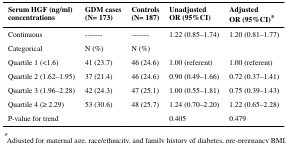
| Serum HGF (ng/ml)concentrations | GDM cases(N= 173) | Controls(N= 187) | UnadjustedOR (95%CI) | AdjustedOR (95%CI)* |
 | --- | --- | --- | --- | --- |
 | Continuous | ------- | ------- | 1.22 (0.85–1.74) | 1.20 (0.81–1.77) |
 | Categorical | N (%) | N (%) |  |  |
 | Quartile 1 (<1.6) | 41 (23.7) | 46 (24.6) | 1.00 (referent) | 1.00 (referent) |
 | Quartile 2 (1.62–1.95) | 37 (21.4) | 46 (24.6) | 0.90 (0.49–1.66) | 0.72 (0.37–1.41) |
 | Quartile 3 (1.96–2.28) | 42 (24.3) | 47 (25.1) | 1.00 (0.55–1.81) | 0.75 (0.39–1.43) |
 | Quartile 4 (≥ 2.29) | 53 (30.6) | 48 (25.7) | 1.24 (0.70–2.20) | 1.22 (0.65–2.28) |
 | P-value for trend |  |  | 0.405 | 0.479 |